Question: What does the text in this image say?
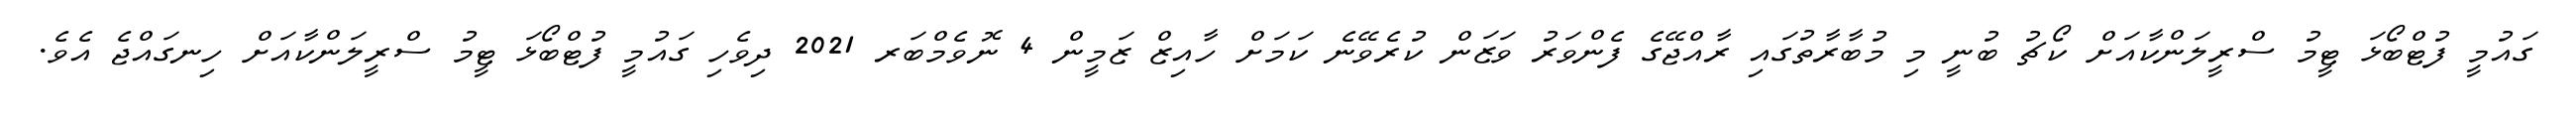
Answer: ގައުމީ ފުޓްބޯޅަ ޓީމު ސްރީލަންކާއަށް ކޯޗު ބުނީ މި މުބާރާތުގައި ރާއްޖޭގެ ފެންވަރު ވަޒަން ކުރެވޭނެ ކަމަށް ހާއިޒް ޒަމީން 4 ނޮވެމްބަރ 2021 ދިވެހި ގައުމީ ފުޓްބޯޅަ ޓީމު ސްރީލަންކާއަށް ހިނގައްޖެ އެވެ.